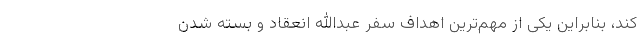
کند، بنابراین یکی از مهم‌ترین اهداف سفر عبدالله انعقاد و بسته شدن